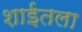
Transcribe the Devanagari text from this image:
शाईतला